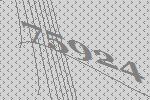
75924